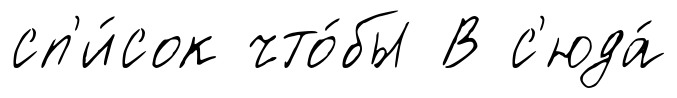
сп'и́сок что́бы В с'юда́